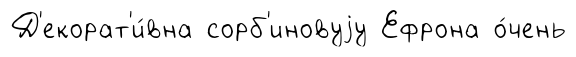
Д'екорат'и́вна сорб'иновуjу Ефрона о́чень